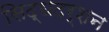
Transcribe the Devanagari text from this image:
सिद्धदर्शन